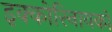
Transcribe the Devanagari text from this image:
इक्कोरिनायकों